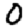
Digit: 0